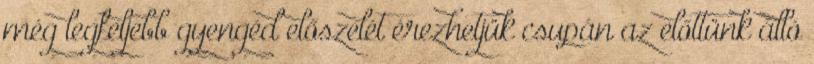
még legfeljebb gyengéd előszelét érezhetjük csupán az előttünk álló